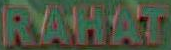
RAHAT